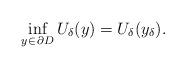
LaTeX: \begin{align*}\inf_{y \in\,\partial D} U_\delta(y)=U_\delta(y_\delta).\end{align*}